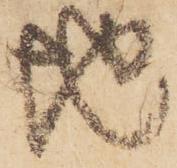
地